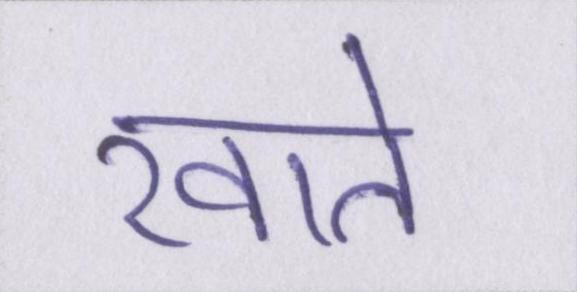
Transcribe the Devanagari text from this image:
खाते